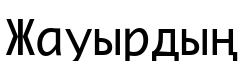
Жауырдың